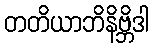
တတိယာဘိနိဗ္ဘိဒါ